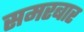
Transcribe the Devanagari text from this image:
समरबार